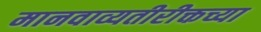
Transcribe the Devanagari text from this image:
मानवाव्यतीरीक्तच्या